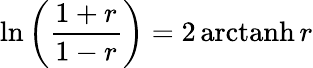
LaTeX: \ln\left({\frac{1+r}{1-r}}\right)=2\operatorname{arctanh}r